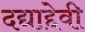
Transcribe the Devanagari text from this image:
दद्याद्देवी